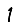
Digit: 1